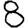
Digit: 8